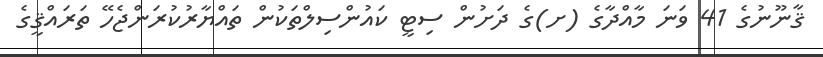
ޤާނޫނުގެ 41 ވަނަ މާއްދާގެ (ށ)ގެ ދަށުން ސިޓީ ކައުންސިލްތަކުން ތައްޔާރުކުރަންޖެހޭ ތަރައްޤީގެ